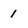
Character: 1